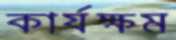
কার্যক্ষম